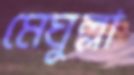
মেঘুল্লা